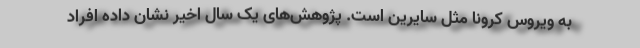
به ویروس کرونا مثل سایرین است. پژوهش‌های یک سال اخیر نشان داده افراد